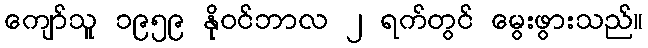
ကျော်သူ ၁၉၅၉ နိုဝင်ဘာလ ၂ ရက်တွင် မွေးဖွားသည်။